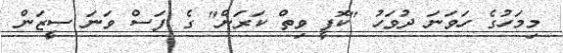
މިމަހުގެ ހަވަނަ ދުވަހު "ކޮފީ ވިތް ކަރަން" ގެ ފަސް ވަނަ ސީޒަން